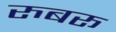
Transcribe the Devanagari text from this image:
रुबरू